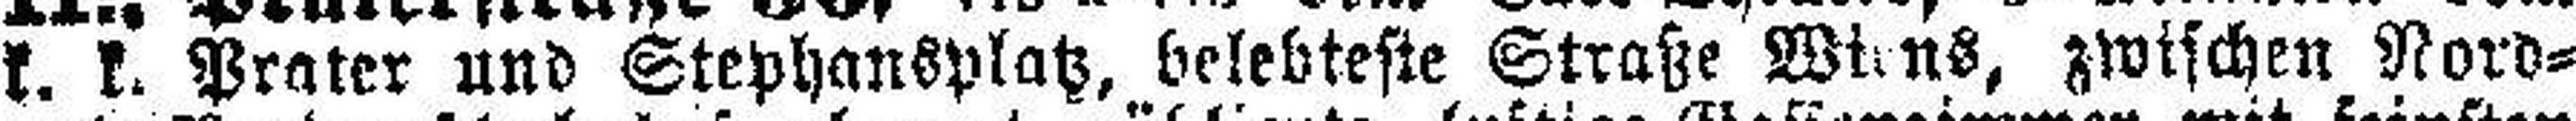
k. k. Prater und Stephansplatz, belebteste Straße Wiens, zwischen Nord=